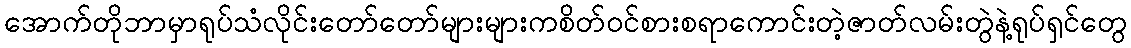
အောက်တိုဘာမှာရုပ်သံလိုင်းတော်တော်များများကစိတ်ဝင်စားစရာကောင်းတဲ့ဇာတ်လမ်းတွဲနဲ့ရုပ်ရှင်တွေ